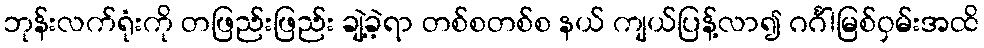
ဘုန်းလက်ရုံးကို တဖြည်းဖြည်း ချဲ့ခဲ့ရာ တစ်စတစ်စ နယ် ကျယ်ပြန့်လာ၍ ဂင်္ဂါမြစ်ဝှမ်းအထိ